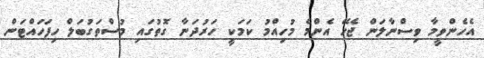
އެހެންވީމާ ވިސްނާލަން ޖެހޭ އެންމެ މުހިއްމު ކަމަކީ ހަރުދަނާ ގޮތުގައި މުސްތަގުބަލް ހިފަހައްޓަން